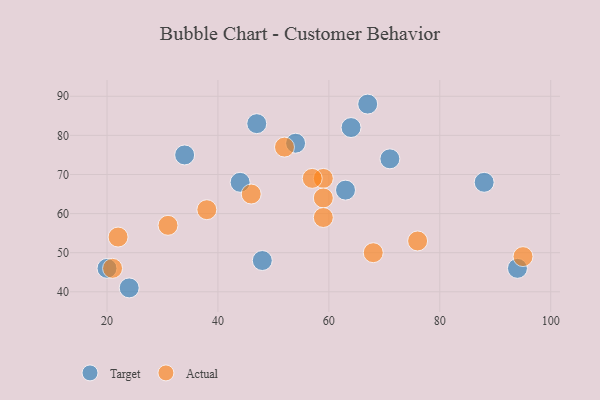
{"axis": {"x": "GDP", "y": "Life Expectancy"}, "legend": ["Actual", "Target"], "data": [{"x": "48", "y": 48, "type": "Target"}, {"x": "24", "y": 41, "type": "Target"}, {"x": "47", "y": 83, "type": "Target"}, {"x": "34", "y": 75, "type": "Target"}, {"x": "63", "y": 66, "type": "Target"}, {"x": "88", "y": 68, "type": "Target"}, {"x": "71", "y": 74, "type": "Target"}, {"x": "20", "y": 46, "type": "Target"}, {"x": "44", "y": 68, "type": "Target"}, {"x": "64", "y": 82, "type": "Target"}, {"x": "54", "y": 78, "type": "Target"}, {"x": "94", "y": 46, "type": "Target"}, {"x": "67", "y": 88, "type": "Target"}, {"x": "68", "y": 50, "type": "Actual"}, {"x": "38", "y": 61, "type": "Actual"}, {"x": "95", "y": 49, "type": "Actual"}, {"x": "59", "y": 69, "type": "Actual"}, {"x": "57", "y": 69, "type": "Actual"}, {"x": "31", "y": 57, "type": "Actual"}, {"x": "52", "y": 77, "type": "Actual"}, {"x": "21", "y": 46, "type": "Actual"}, {"x": "59", "y": 64, "type": "Actual"}, {"x": "76", "y": 53, "type": "Actual"}, {"x": "46", "y": 65, "type": "Actual"}, {"x": "22", "y": 54, "type": "Actual"}, {"x": "59", "y": 59, "type": "Actual"}]}